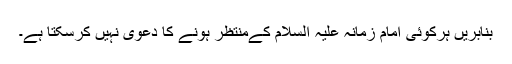
بنابریں ہرکوئی امام زمانہ علیہ السلام کےمنتظر ہونے کا دعویٰ نہیں کرسکتا ہے۔